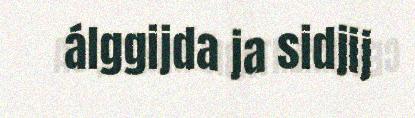
álggijda ja sidjij